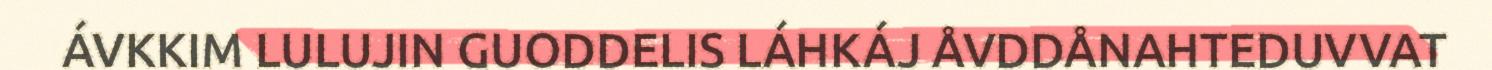
ÁVKKIM LULUJIN GUODDELIS LÁHKÁJ ÅVDDÅNAHTEDUVVAT